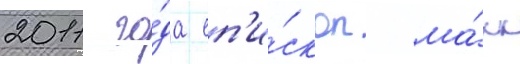
2011 го́да еп'и́скоп ма́рк